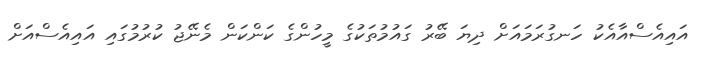
އައިއެސްއާއެކު ހަނގުރަމައަށް ދިޔަ ބޭރު ގައުމުތަކުގެ މީހުންގެ ކަންކަން މެނޭޖު ކުރުމުގައި އައިއެސްއަށް